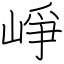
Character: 崢